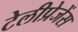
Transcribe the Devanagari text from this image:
टेलीप्रेजेंस